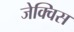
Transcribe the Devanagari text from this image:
जेक्विस